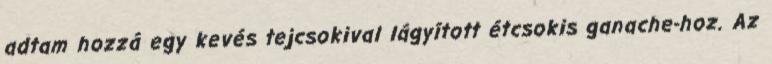
adtam hozzá egy kevés tejcsokival lágyított étcsokis ganache-hoz. Az